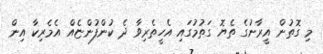
މި ގޮތުން އީރާނުގެ ތެޔޮ ގަތުމުގައި އެހީތެރިވާ ދެ ކުންފުންޏެއް އެމެރިކާ އިން